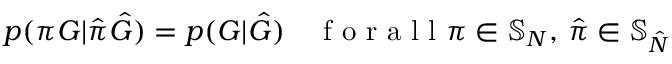
p ( \pi G | \hat { \pi } \hat { G } ) = p ( G | \hat { G } ) \quad \mathrm { ~ f ~ o ~ r ~ a ~ l ~ l ~ } \pi \in \mathbb { S } _ { N } , \, \hat { \pi } \in \mathbb { S } _ { \hat { N } }